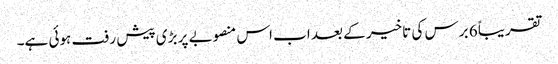
تقریباً 6 برس کی تاخیر کے بعد اب اس منصوبے پر بڑی پیش رفت ہوئی ہے۔